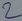
Text: 2